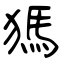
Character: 獁